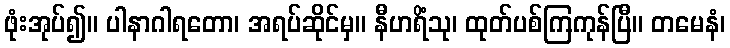
ဖုံးအုပ်၍။ ပါနာဂါရတော၊ အရပ်ဆိုင်မှ။ နီဟရိံသု၊ ထုတ်ပစ်ကြကုန်ပြီ။ တမေနံ၊